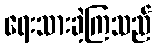
ရေးသားခဲ့ကြသည်